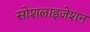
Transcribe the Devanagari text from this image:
सोशलाइजेशन